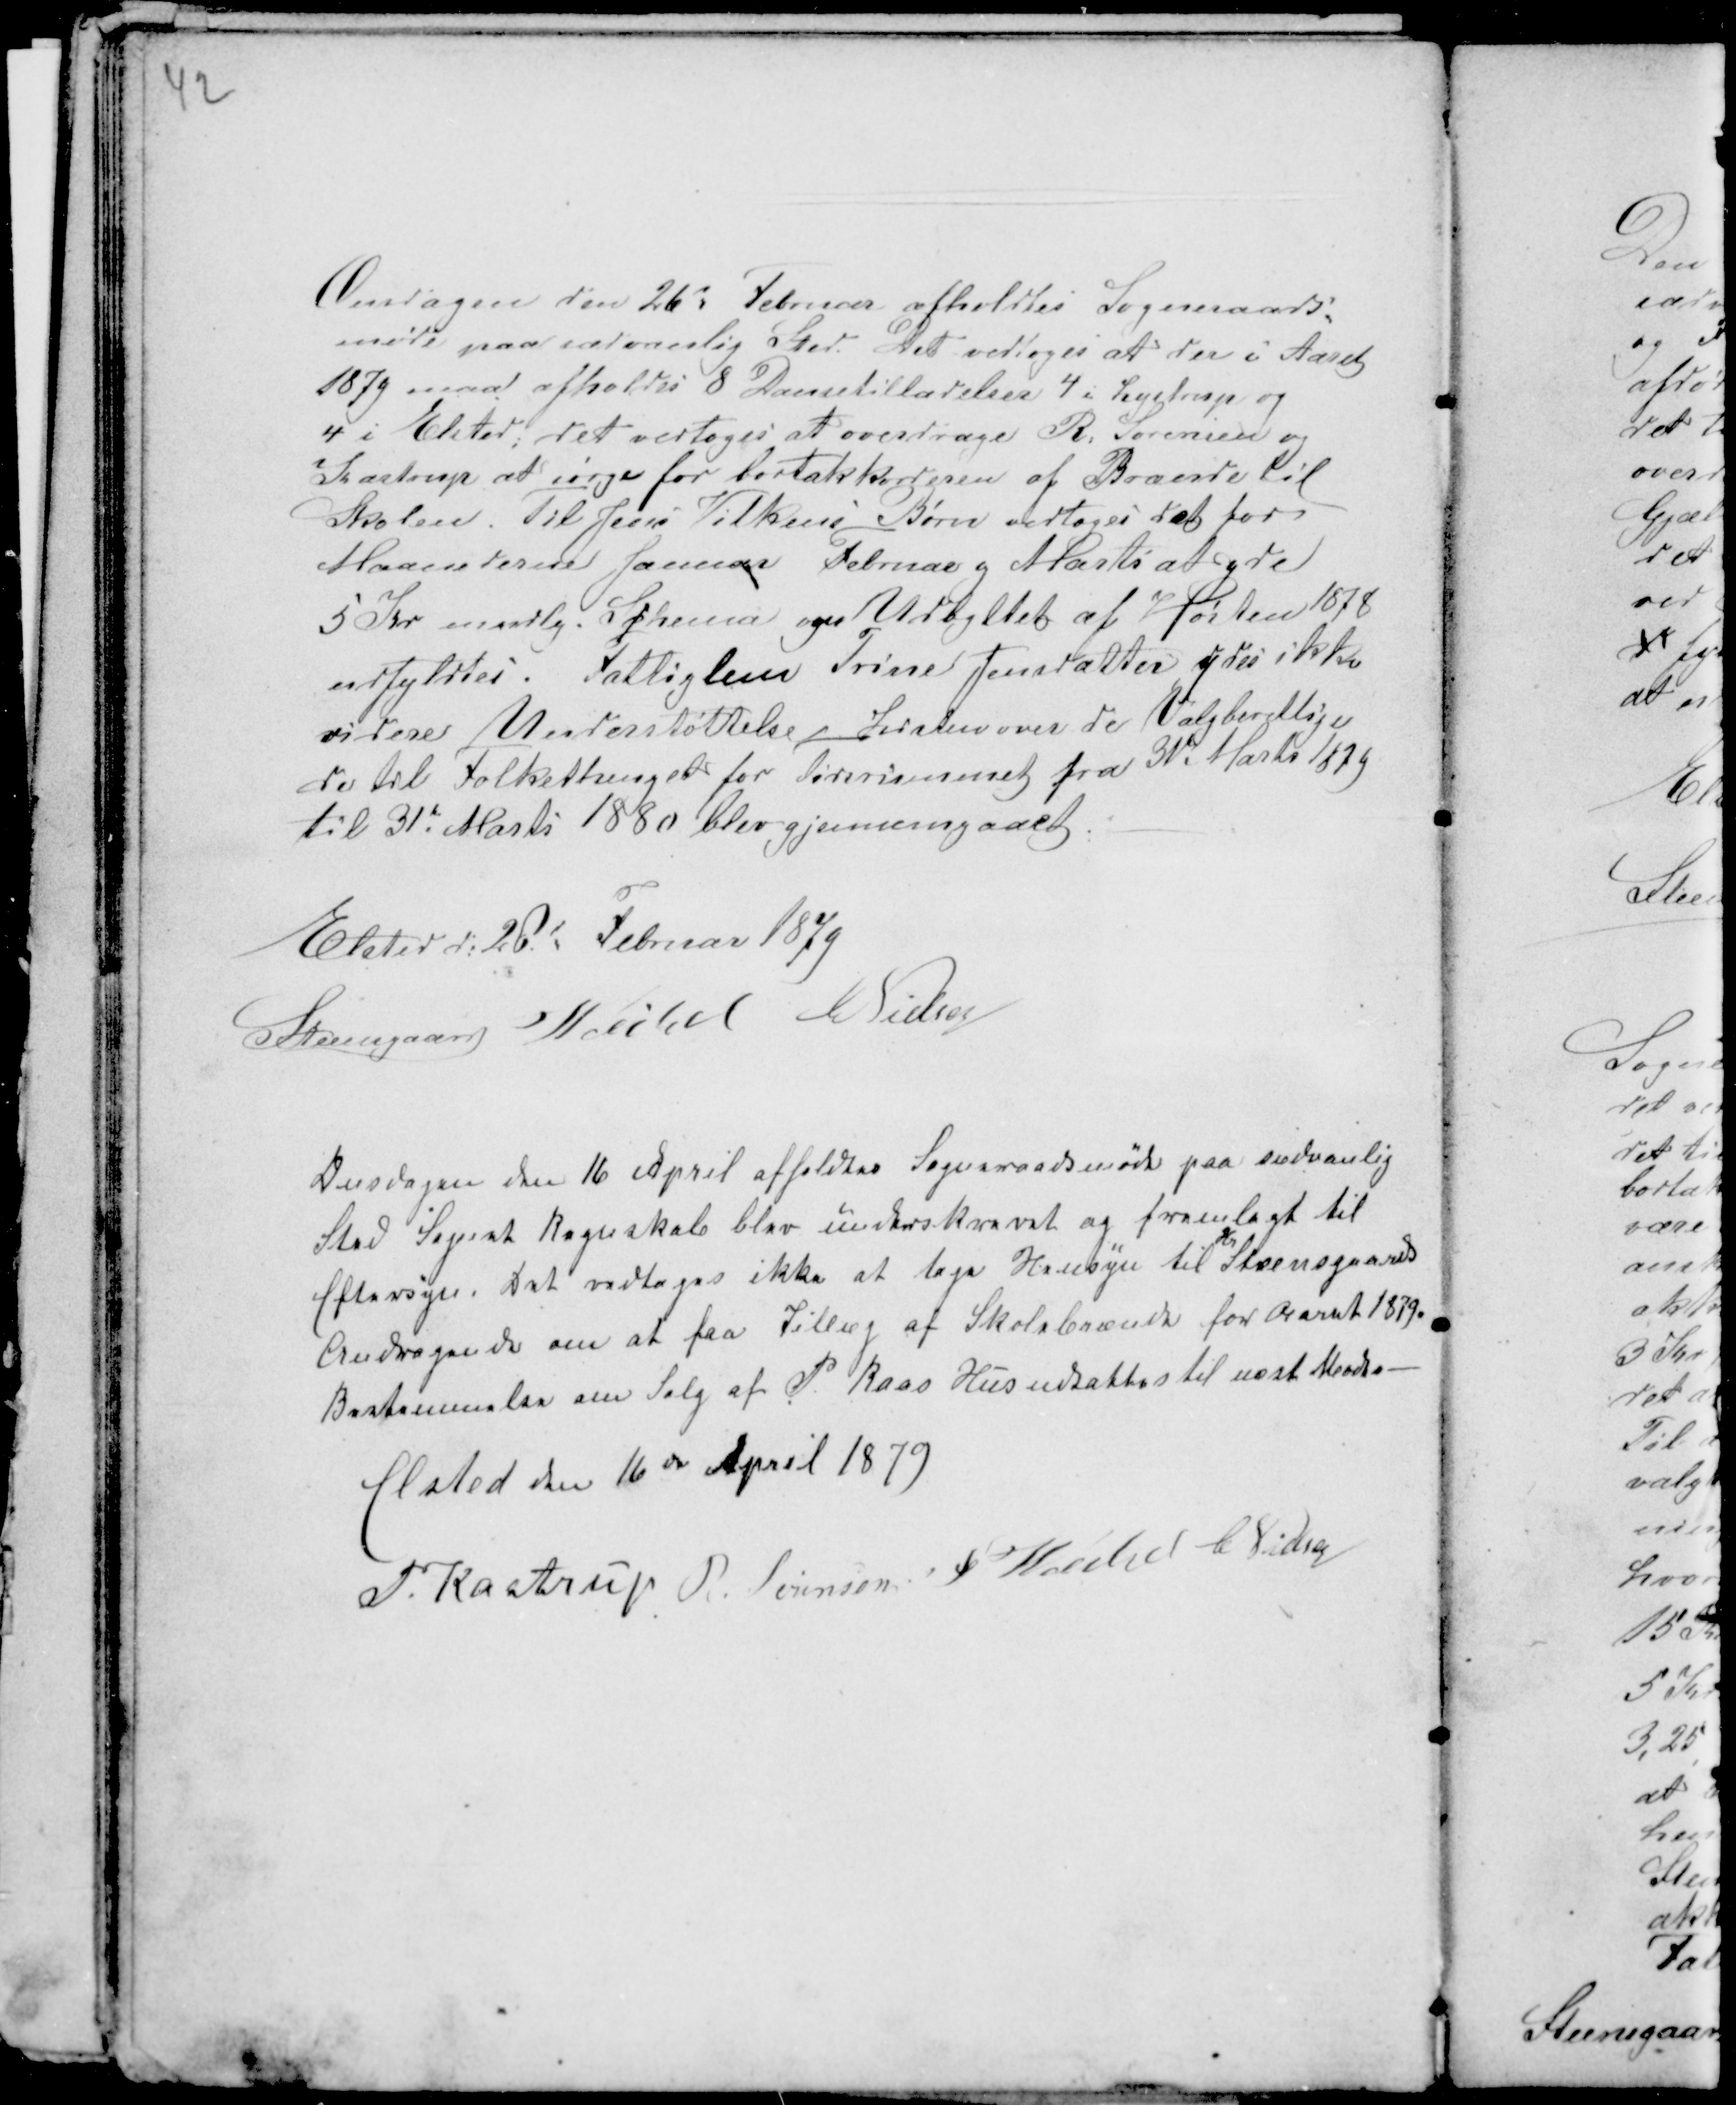
Transskription:
42

Onsdagen den 26d Februar afholdtes Sogneraads-
møde paa sædvanlig Sted. Det vedtoges at der i Aaret
1879 maa afholdes 8 Dansetilladelser 4 i Lystrup og
4 i Elsted; det vedtoges at overdrage R: Sørensen og
Kastrup at sørge for bortakkorderen af Brænde til
Skolen. Til Jens Vilkens Børn vedtoges det for
Maanederne Januar Februar g Marts at yde 
5 Kr maadlg. Schema ogu Udbyttet af Høsten 1878
udfyldtes. Fattiglem Trine Jensdatter ydes ikke
videre Understøttelse - Listen over de Valgberettige
de til Folkethinget for Tidsrummet fra 31te Marts 1879
til 31te Marts 1880 blev gjennemgaaet. -

Elsted d: 26d Februar 1879
Steensgaard Veibel C Nielsen

Onsdagen den 16 April afholdtes Sogneraadsmøde paa sædvanlig
Sted Sognets Regnskab blev underskrevet og fremlagt til
Eftersyn. Det vedtoges ikke at tage Hensyn til
Hr
Steensgaards
Andragende om at faa Tillæg af Skolebrænde for Aaret 1879.
Bestemmelse om Salg af P. Kaas Hus udsattes til næste Meode. -
Elsted den 16de April 1879
P. Kastrup R Sørensen F Veibel C Nielsen